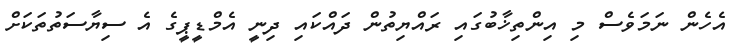
އެހެން ނަމަވެސް މި އިންތިޚާބުގައި ރައްޔިތުން ދައްކައި ދިނީ އެމްޑީޕީގެ އެ ސިޔާސަތުތަކަށް